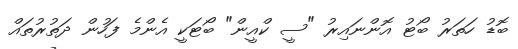
ބޮޑު ހަތަރު ބޯޓު އޮންނައިރު "ސީ ކްއީން" ބޯޓަކީ އެންމެ ފަހުން ދަތުރުތައް